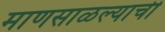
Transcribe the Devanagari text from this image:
माणसाळल्याची